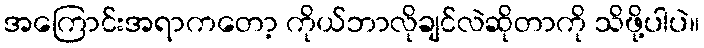
အကြောင်းအရာကတော့ ကိုယ်ဘာလိုချင်လဲဆိုတာကို သိဖို့ပါပဲ။